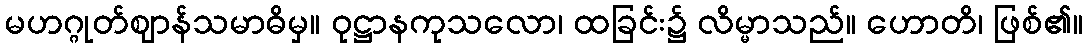
မဟဂ္ဂုတ်ဈာန်သမာဓိမှ။ ဝုဋ္ဌာနကုသလော၊ ထခြင်း၌ လိမ္မာသည်။ ဟောတိ၊ ဖြစ်၏။